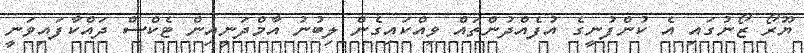
ޔޫރޯ ޒޯނުގައި އެ ކުންފުނީގެ އުފެއްދުންތައް ވިއްކައިގެން ލިބުނު އާމްދަނީއިން ޓެކްސް ދައްކާފައިވަނީ